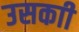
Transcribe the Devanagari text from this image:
उसकाी